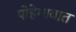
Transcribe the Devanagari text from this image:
पोहेगावात